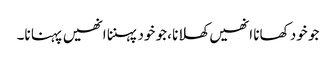
جو خود کھانا انھیں کھلانا ،جو خود پہننا انھیں پہنا نا۔